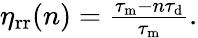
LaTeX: \begin{array}{r}{\eta_{\mathrm{rr}}(n)=\frac{\tau_{\mathrm{m}}-n\tau_{\mathrm{d}}}{\tau_{\mathrm{m}}}.}\end{array}